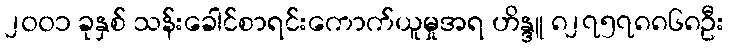
၂၀၀၁ ခုနှစ် သန်းခေါင်စာရင်းကောက်ယူမှုအရ ဟိန္ဒူ ၈၂၇၅၇၈၈၆၈ဦး